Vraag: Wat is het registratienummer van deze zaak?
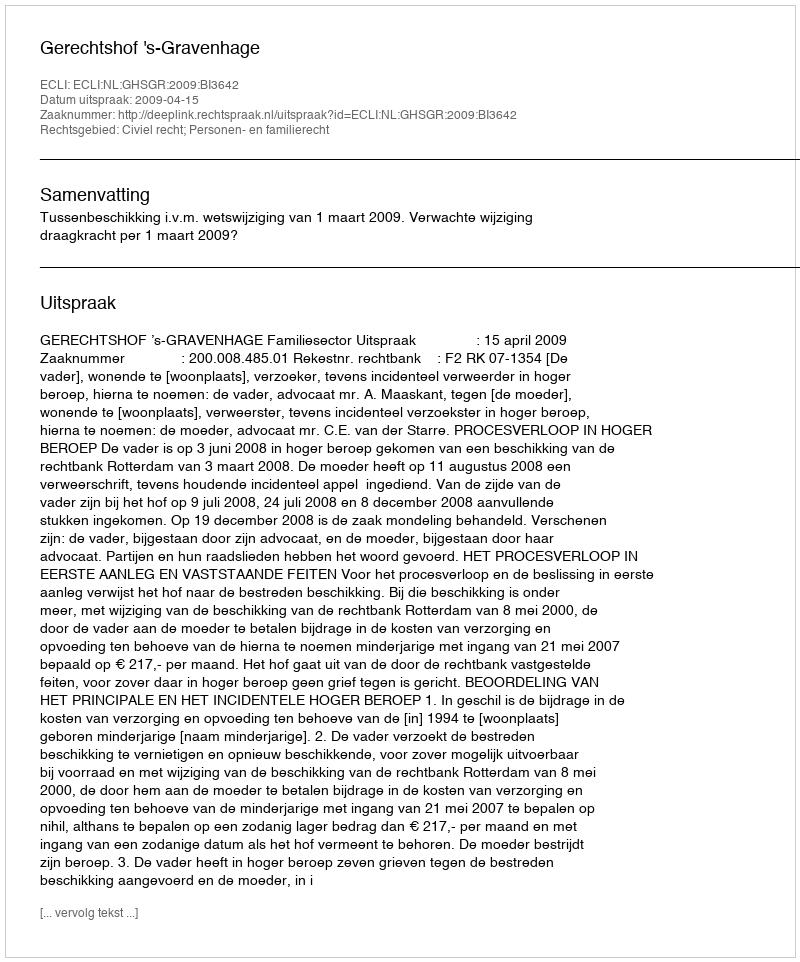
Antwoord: http://deeplink.rechtspraak.nl/uitspraak?id=ECLI:NL:GHSGR:2009:BI3642